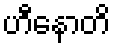
ဟီနောတိ